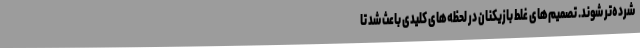
شرده‌تر شوند. تصمیم‌های غلط بازیکنان در لحظه‌های کلیدی باعث شد تا